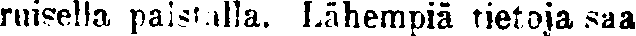
ruisella paistalla. Lähempiä tietoja saa